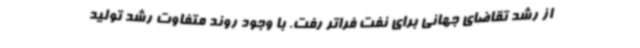
از رشد تقاضای جهانی برای نفت فراتر رفت. با وجود روند متفاوت رشد تولید